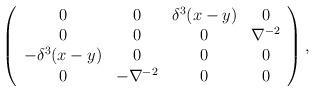
LaTeX: \begin{align*}\left( \begin{array}{cccc}0 & 0 & \delta ^{3}(x-y) & 0 \\ 0 & 0 & 0 & \nabla ^{-2} \\ -\delta ^{3}(x-y) & 0 & 0 & 0 \\ 0 & -\nabla ^{-2} & 0 & 0\end{array}\right) , \end{align*}